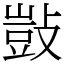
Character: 敱